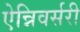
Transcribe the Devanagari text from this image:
ऐन्निवर्सरी